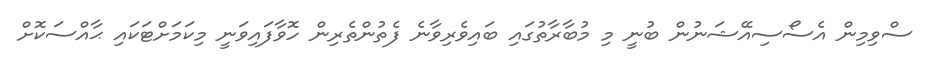
ސްވިމިން އެސޯސިއޭޝަނުން ބުނީ މި މުބާރާތުގައި ބައިވެރިވާނެ ފެތުންތެރިން ހޮވާފައިވަނީ މިކަމަށްޓަކައި ޙާއްސަކޮށް